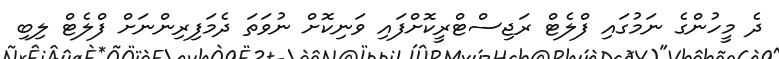
ދެ މީހުންގެ ނަމުގައި ފްލެޓް ރަޖިސްޓްރީކޮށްފައި ވަނިކޮށް ނުވަތަ ދެމަފިރިންނަށް ފްލެޓް ލިބި